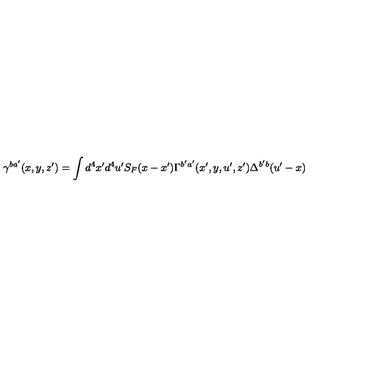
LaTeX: \gamma ^ { b a ^ { \prime } } ( x , y , z ^ { \prime } ) = \int d ^ { 4 } x ^ { \prime } d ^ { 4 } u ^ { \prime } S _ { F } ( x - x ^ { \prime } ) \Gamma ^ { b ^ { \prime } a ^ { \prime } } ( x ^ { \prime } , y , u ^ { \prime } , z ^ { \prime } ) \Delta ^ { b ^ { \prime } b } ( u ^ { \prime } - x )